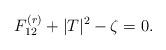
LaTeX: \begin{align*}F^{(r)}_{12} +|T|^2-\zeta = 0. \end{align*}